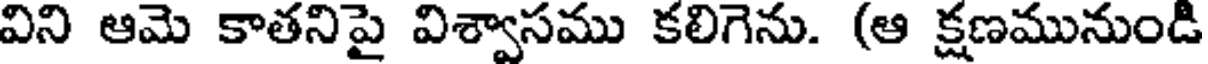
విని ఆమె కాతనిపై విశ్వాసము కలిగెను. (ఆ క్షణమునుండి